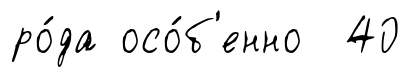
ро́да осо́б'енно 40